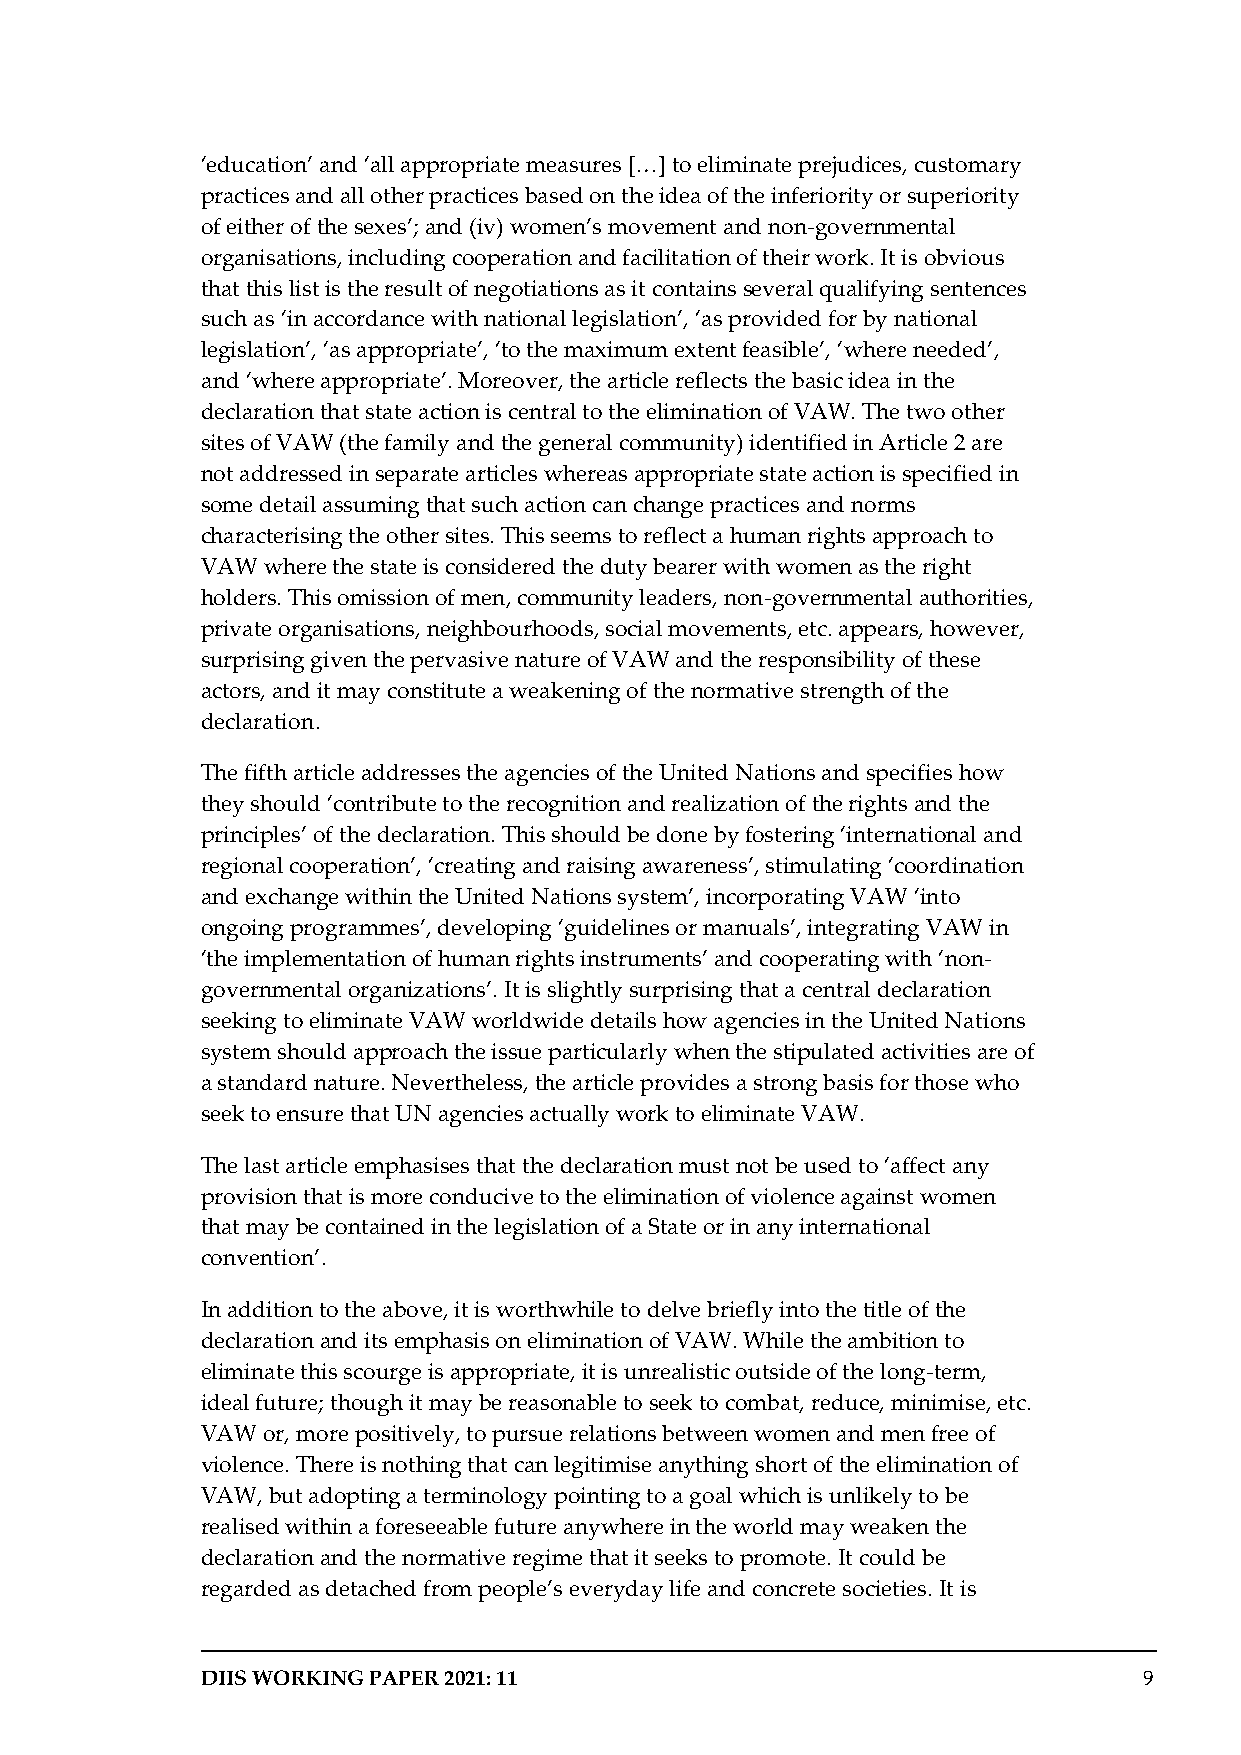
‘education’ and ‘all appropriate measures […] to eliminate prejudices, customary
 practices and all other practices based on the idea of the inferiority or superiority
 of either of the sexes’; and (iv) women’s movement and non-governmental
 organisations, including cooperation and facilitation of their work. It is obvious
 that this list is the result of negotiations as it contains several qualifying sentences
 such as ‘in accordance with national legislation’, ‘as provided for by national
 legislation’, ‘as appropriate’, ‘to the maximum extent feasible’, ‘where needed’,
 and ‘where appropriate’. Moreover, the article reflects the basic idea in the
 declaration that state action is central to the elimination of VAW. The two other
 sites of VAW (the family and the general community) identified in Article 2 are
 not addressed in separate articles whereas appropriate state action is specified in
 some detail assuming that such action can change practices and norms
 characterising the other sites. This seems to reflect a human rights approach to
 VAW where the state is considered the duty bearer with women as the right
 holders. This omission of men, community leaders, non-governmental authorities,
 private organisations, neighbourhoods, social movements, etc. appears, however,
 surprising given the pervasive nature of VAW and the responsibility of these
 actors, and it may constitute a weakening of the normative strength of the
 declaration.
 The fifth article addresses the agencies of the United Nations and specifies how
 they should ‘contribute to the recognition and realization of the rights and the
 principles’ of the declaration. This should be done by fostering ‘international and
 regional cooperation’, ‘creating and raising awareness’, stimulating ‘coordination
 and exchange within the United Nations system’, incorporating VAW ‘into
 ongoing programmes’, developing ‘guidelines or manuals’, integrating VAW in
 ‘the implementation of human rights instruments’ and cooperating with ‘non-
 governmental organizations’. It is slightly surprising that a central declaration
 seeking to eliminate VAW worldwide details how agencies in the United Nations
 system should approach the issue particularly when the stipulated activities are of
 a standard nature. Nevertheless, the article provides a strong basis for those who
 seek to ensure that UN agencies actually work to eliminate VAW.
 The last article emphasises that the declaration must not be used to ‘affect any
 provision that is more conducive to the elimination of violence against women
 that may be contained in the legislation of a State or in any international
 convention’.
 In addition to the above, it is worthwhile to delve briefly into the title of the
 declaration and its emphasis on elimination of VAW. While the ambition to
 eliminate this scourge is appropriate, it is unrealistic outside of the long-term,
 ideal future; though it may be reasonable to seek to combat, reduce, minimise, etc.
 VAW or, more positively, to pursue relations between women and men free of
 violence. There is nothing that can legitimise anything short of the elimination of
 VAW, but adopting a terminology pointing to a goal which is unlikely to be
 realised within a foreseeable future anywhere in the world may weaken the
 declaration and the normative regime that it seeks to promote. It could be
 regarded as detached from people’s everyday life and concrete societies. It is
 DIIS WORKING PAPER 2021: 11                                    9